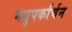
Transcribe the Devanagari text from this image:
मधुपर्कार्चन